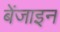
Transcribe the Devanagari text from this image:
बेंजाइन